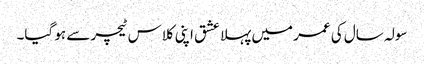
سولہ سال کی عمر میں پہلا عشق اپنی کلاس ٹیچر سے ہو گیا۔